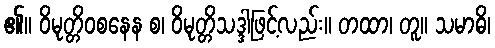
၏။ ဝိမုတ္တိဝစနေန စ၊ ဝိမုတ္တိသဒ္ဒါဖြင့်လည်း။ တထာ၊ တူ။ သမာဓိ၊